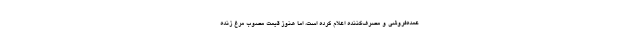
عمده‌فروشی و مصرف‌کننده اعلام کرده است، اما هنوز قیمت مصوب مرغ زنده